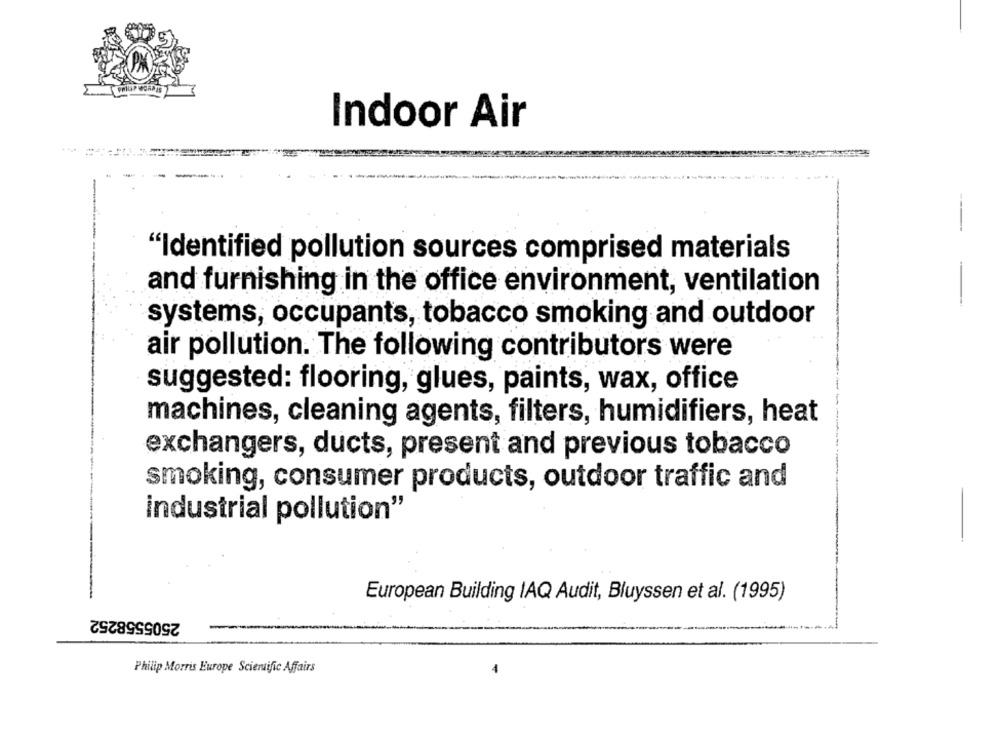
Indoor Air
"Identified pollution sources comprised materials
and furnishing in the office environment, ventilation
systems, occupants, tobacco smoking and outdoor
air pollution. The following contributors were
suggested: flooring, glues, paints, wax, office
machines, cleaning agents, filters, humidifiers, heat
exchangers, ducts, present and previous tobacco
smoking, consumer products, outdoor traffic and
industrial pollution"
European Building IAQ Audit, Bluyssen et al. (1995)
2505558252
Philip Morris Europe Scientific Affairs